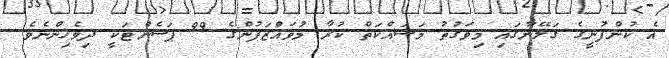
އެ ކުންފުނީގެ ގަލޭނާގައި މިވަގުތު މަސައްކަތް ކުރާ މުވައްޒަފުންގެ 99 ޕަސެންޓަކީ ދިވެހިންނެވެ.